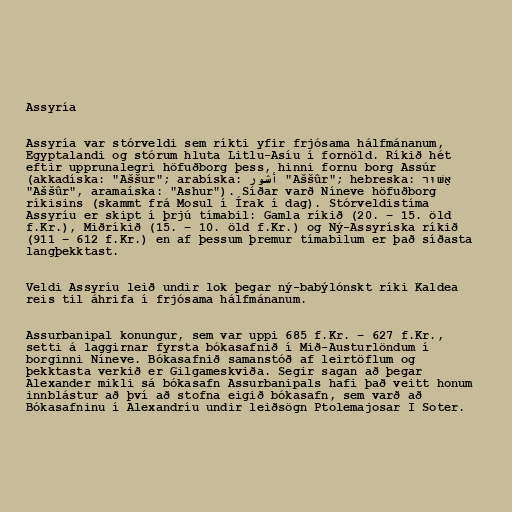
Assyría

Assyría var stórveldi sem ríkti yfir frjósama hálfmánanum,
Egyptalandi og stórum hluta Litlu-Asíu í fornöld. Ríkið hét
eftir upprunalegri höfuðborg þess, hinni fornu borg Assúr
(akkadíska: "Aššur"; arabíska: أشور "Aššûr"; hebreska: אַשּׁוּר
"Aššûr", aramaíska: "Ashur"). Síðar varð Níneve höfuðborg
ríkisins (skammt frá Mosul í Írak í dag). Stórveldistíma
Assyríu er skipt í þrjú tímabil: Gamla ríkið (20. – 15. öld
f.Kr.), Miðríkið (15. – 10. öld f.Kr.) og Ný-Assyríska ríkið
(911 – 612 f.Kr.) en af þessum þremur tímabilum er það síðasta
langþekktast.

Veldi Assyríu leið undir lok þegar ný-babýlónskt ríki Kaldea
reis til áhrifa í frjósama hálfmánanum.

Assurbanipal konungur, sem var uppi 685 f.Kr. – 627 f.Kr.,
setti á laggirnar fyrsta bókasafnið í Mið-Austurlöndum í
borginni Níneve. Bókasafnið samanstóð af leirtöflum og
þekktasta verkið er Gilgameskviða. Segir sagan að þegar
Alexander mikli sá bókasafn Assurbanipals hafi það veitt honum
innblástur að því að stofna eigið bókasafn, sem varð að
Bókasafninu í Alexandríu undir leiðsögn Ptolemajosar I Soter.